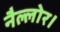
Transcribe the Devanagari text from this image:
नैल्‍लोर।